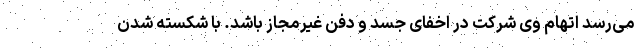
می‌رسد اتهام وی شرکت در اخفای جسد و دفن غیرمجاز باشد. با شکسته شدن